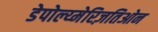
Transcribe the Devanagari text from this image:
डेपोल्य्मेरिज़तिओन